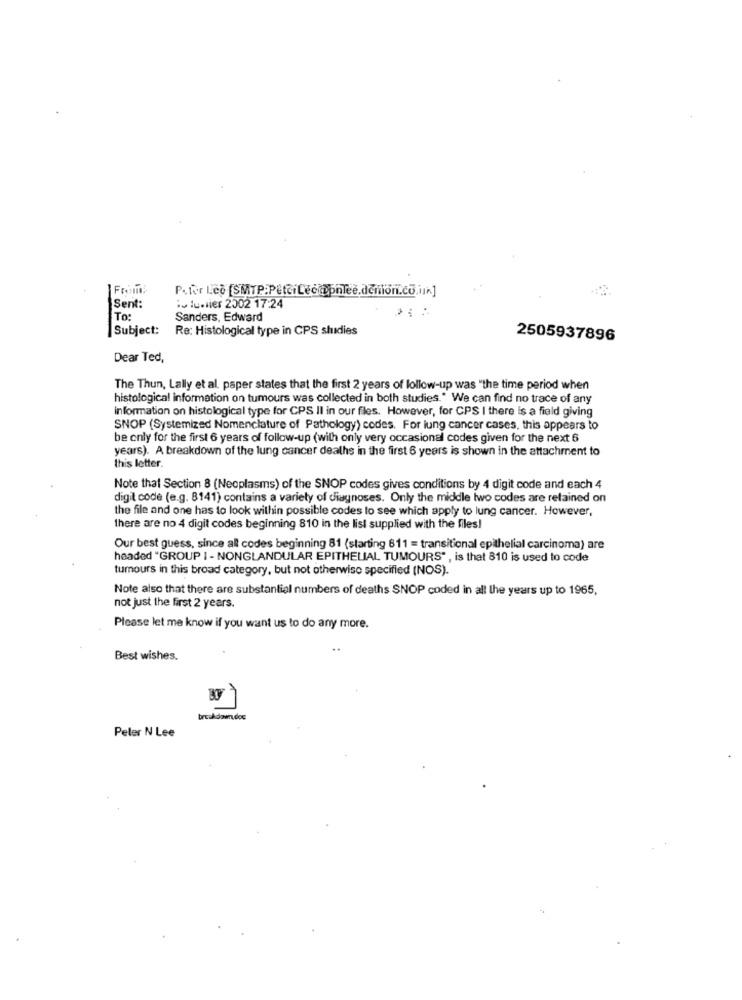
Sent:
.o lumlier 2002 17:24
To:
Sanders, Edward
Subject:
Re: Histological type in CPS shuidies
2505937896
Dear Ted,
The Thun, Lally et al. paper states that the first 2 years of follow-up was "the time period when
histological information on tumours was collected in both studies." We can find no trace of any
information on histological type for CPS Il in our files. However, for CPS I there is a field giving
SNOP (Systemized Nomenclature of Pathology) codes. For lung cancer cases, this appears to
be only for the first 6 years of follow-up (with only very occasional codes given for the next 6
years). A breakdown of the lung cancer deaths in the first 6 years is shown in the attachment to
this letter.
Note that Section 8 (Neoplasms) of the SNOP codes gives conditions by 4 digit code and each 4
digit code (e.g. 8141) contains a variety of diagnoses. Only the middle two codes are retained on
the file and one has to look within possible codes to see which apply to lung cancer. However,
there are no 4 digit codes beginning 810 in the list supplied with the files!
Our best guess, since all codes beginning 81 (starting 611 = transitional epithelial carcinoma) are
headed "GROUP I - NONGLANDULAR EPITHELIAL TUMOURS", is that 810 is used to code
tumours in this broad category, but not otherwise specified (NOS).
Note also that there are substantial numbers of deaths SNOP coded in all the years up to 1965,
not just the first 2 years.
Please let me know if you want us to do any more.
..
Best wishes.
Peter N Lee